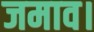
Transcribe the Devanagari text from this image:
जमाव।